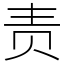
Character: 责